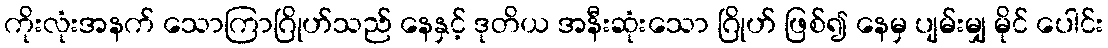
ကိုးလုံးအနက် သောကြာဂြိုဟ်သည် နေနှင့် ဒုတိယ အနီးဆုံးသော ဂြိုဟ် ဖြစ်၍ နေမှ ပျမ်းမျှ မိုင် ပေါင်း